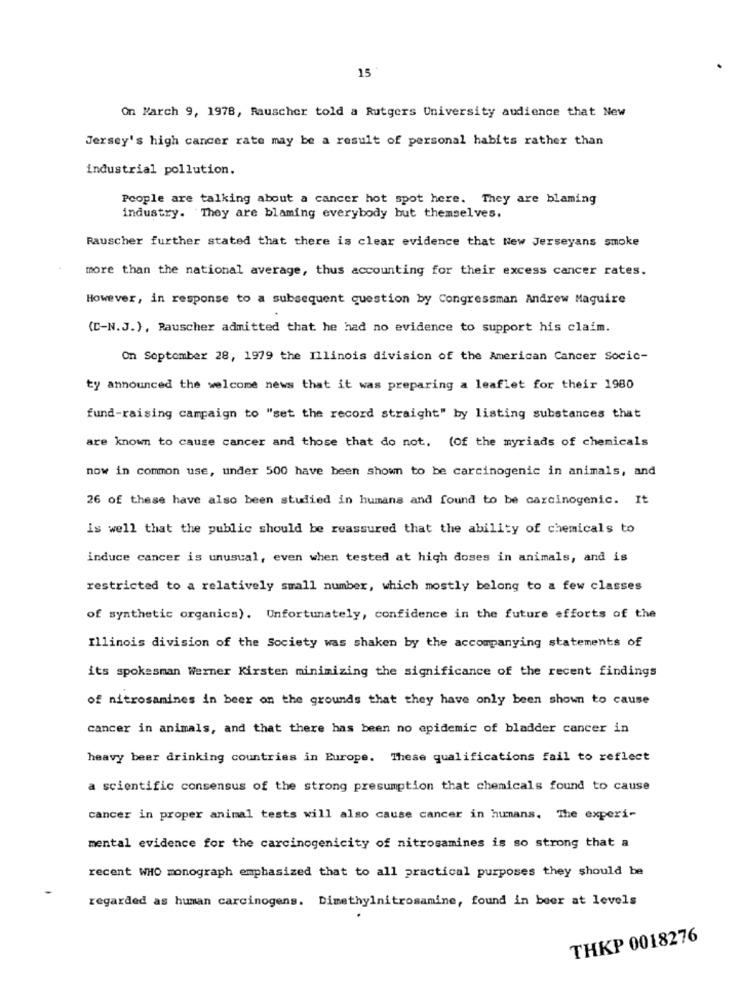
15
On March 9, 1978, Rauscher told a Rutgers University audience that New
Jersey's high cancer rate may be a result of personal habits rather than
industrial pollution.
People are talking about a cancer hot spot here. They are blaming
industry. They are blaming everybody but themselves.
Rauscher further stated that there is clear evidence that New Jerseyans smoke
more than the national average, thus accounting for their excess cancer rates.
However, in response to a subsequent question by Congressman Andrew Maguire
(C-N.J.), Rauscher admitted that he had no evidence to support his claim.
On September 28, 1979 the Illinois division of the American Cancer Socic-
ty announced the welcome news that it was preparing a leaflet for their 1980
fund-raising campaign to "set the record straight" by listing substances that
are known to cause cancer and those that do not. (Of the myriads of chemicals
now in common use, under 500 have been shown to be carcinogenic in animals, and
26 of these have also been studied in humans and found to be carcinogenic. It
is well that the public should be reassured that the ability of chemicals to
induce cancer is unusual, even when tested at high doses in animals, and is
restricted to a relatively small number, which mostly belong to a few classes
of synthetic organics). Unfortunately, confidence in the future efforts of the
Illinois division of the Society was shaken by the accompanying statements of
its spokesman Werner Kirsten minimizing the significance of the recent findings
of nitrosamines in beer on the grounds that they have only been shown to cause
cancer in animals, and that there has been no epidemic of bladder cancer in
heavy beer drinking countries in Europe. These qualifications fail to reflect
a scientific consensus of the strong presumption that chemicals found to cause
cancer in proper animal tests will also cause cancer in humans. The experi-
mental evidence for the carcinogenicity of nitrosamines is so strong that a
recent WHO monograph emphasized that to all practical purposes they should be
regarded as human carcinogens. Dimethylnitrosamine, found in beer at levels
THKP 0018276